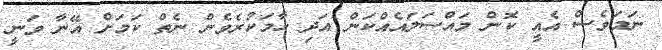
ނަމަވެސް އެއީ ކޮން މައްސަލައެއްކަން އަދި ހާމަކުރެވެން ނެތް ކަމަށް އޭނާ ވަނީ